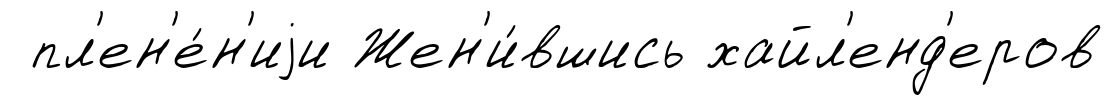
пл'ен'е́н'иjи Жен'и́вшись хайл'енд'еров